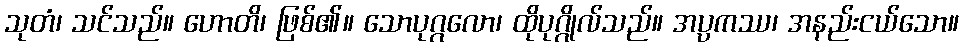
သုတံ၊ သင်သည်။ ဟောတိ၊ ဖြစ်၏။ သောပုဂ္ဂလော၊ ထိုပုဂ္ဂိုလ်သည်။ အပ္ပကဿ၊ အနည်းငယ်သော။